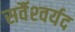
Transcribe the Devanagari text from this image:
सर्वैश्‍वर्यद